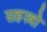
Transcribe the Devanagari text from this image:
सहस्त्रो